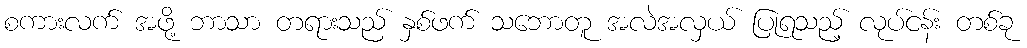
စကားလက် အဖို့ ဘာသာ တရားသည် နှစ်ဖက် သဘောတူ အလဲအလှယ် ပြုရသည့် လုပ်ငန်း တစ်ခု